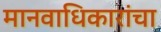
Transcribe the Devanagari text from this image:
मानवाधिकारांचा